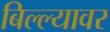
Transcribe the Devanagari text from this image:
बिल्ल्यावर